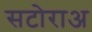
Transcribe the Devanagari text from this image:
सटोराअ